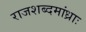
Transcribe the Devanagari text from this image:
राजशब्दमांध्राः